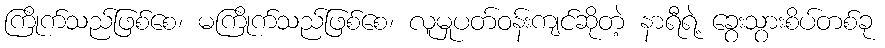
ကြိုက်သည်ဖြစ်စေ၊ မကြိုက်သည်ဖြစ်စေ၊ လူမှုပတ်ဝန်းကျင်ဆိုတဲ့ နာရီရဲ့ ခွေးသွားစိပ်တစ်ခု